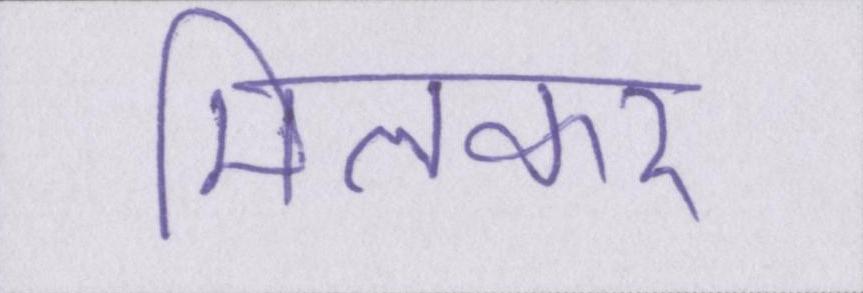
मिलकर